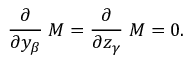
{ \frac { \partial } { \partial y _ { \beta } } } \; M = { \frac { \partial } { \partial z _ { \gamma } } } \; M = 0 .